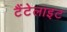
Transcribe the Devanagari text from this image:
टैंटेलाइट